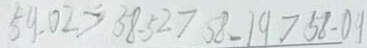
5 9 . 0 2 > 5 8 . 5 2 > 5 8 . 1 9 > 5 8 . 0 9